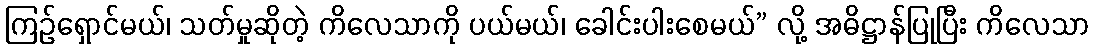
ကြဉ်ရှောင်မယ်၊ သတ်မှုဆိုတဲ့ ကိလေသာကို ပယ်မယ်၊ ခေါင်းပါးစေမယ်” လို့ အဓိဋ္ဌာန်ပြုပြီး ကိလေသာ